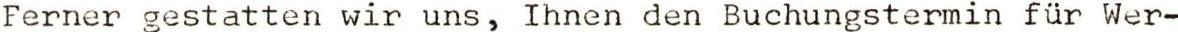
Ferner gestatten wir uns, Ihnen den Buchungstermin für Wer-